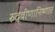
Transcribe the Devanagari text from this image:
रुद्रवीणानिष्णात